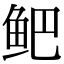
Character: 鲃